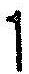
1